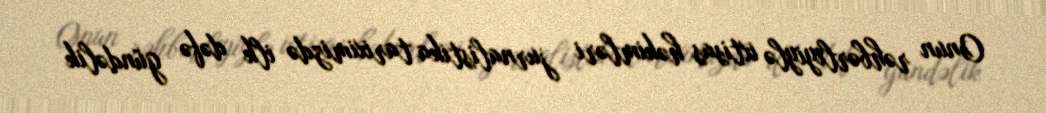
Onun rəhbərliyiylə ixtisas həkimləri jurnalistika tariximizdə ilk dəfə gündəlik